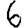
Digit: 6